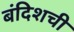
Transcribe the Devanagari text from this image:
बंदिशची